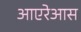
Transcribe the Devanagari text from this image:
आएरेआस